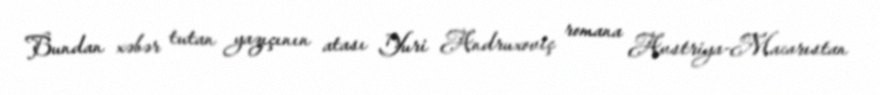
Bundan xəbər tutan yazıçının atası Yuri Andruxoviç romana Avstriya-Macarıstan